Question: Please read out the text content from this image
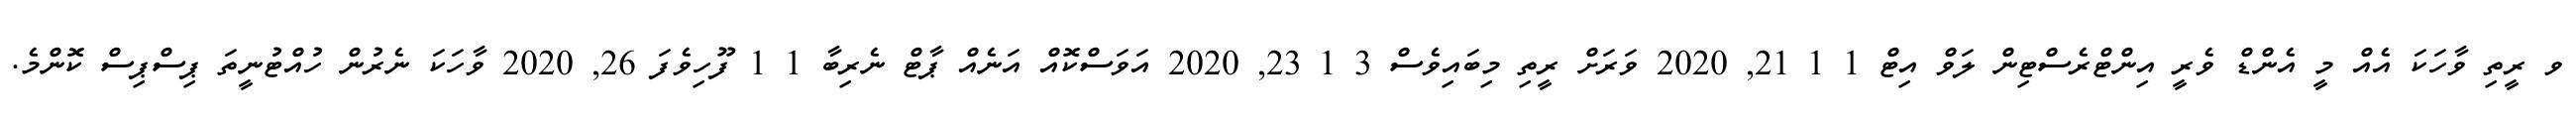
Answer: ވ ރީތި ވާހަކަ އެއް މީ އެންޑް ވެރީ އިންޓްރެސްޓިން ލަވް އިޓް 1 1 21, 2020 ވަރަށް ރީތި މިބައިވެސް 3 1 23, 2020 އަވަސްކޮއް އަނެއް ޕާޓް ނެރިބާ 1 1 ފޫހިވެފަ 26, 2020 ވާހަކަ ނެރުން ހުއްޓުނީތަ ޕިސްޕިސް ކޮންމެ.